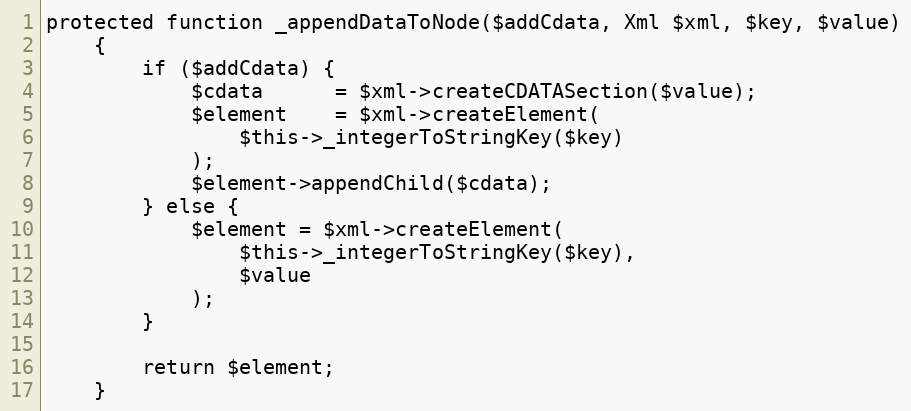
Language: PHP
protected function _appendDataToNode($addCdata, Xml $xml, $key, $value)
    {
        if ($addCdata) {
            $cdata      = $xml->createCDATASection($value);
            $element    = $xml->createElement(
                $this->_integerToStringKey($key)
            );
            $element->appendChild($cdata);
        } else {
            $element = $xml->createElement(
                $this->_integerToStringKey($key),
                $value
            );
        }

        return $element;
    }